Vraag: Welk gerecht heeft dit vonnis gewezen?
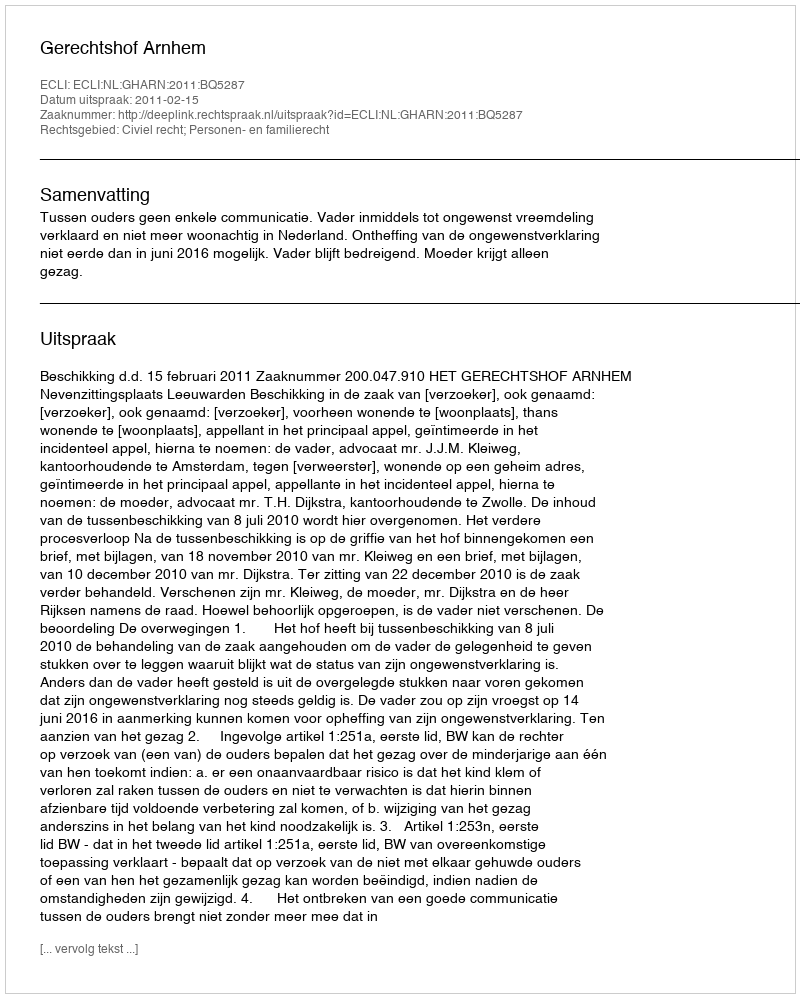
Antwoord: Gerechtshof Arnhem